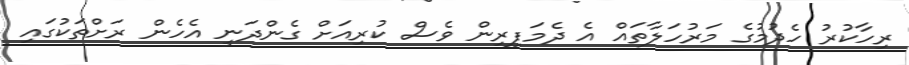
ރިހާކުރު ހެދުމުގެ މަރުހަލާތައް އެ ދެމަފިރިން ވެސް ކުރިއަށް ގެންދަނީ އެހެން ރަށްތަކުގައި